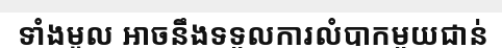
ទាំងមូល អាចនឹងទទួលការលំបាកមួយជាន់